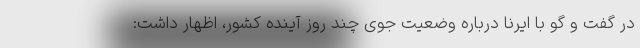
در گفت و گو با ایرنا درباره وضعیت جوی چند روز آینده کشور، اظهار داشت: